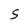
Character: S